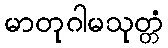
မာတုဂါမသုတ္တံ